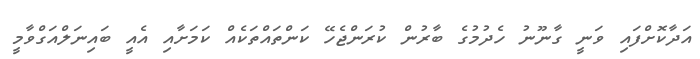
އަދާކޮށްފައި ވަނީ ގާނޫނު ހެދުމުގެ ބާރުން ކުރަންޖެހޭ ކަންތައްތަކެއް ކަމަށާއި އެއީ ބައިނަލްއަގްވާމީ